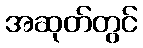
အဆုတ်တွင်